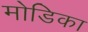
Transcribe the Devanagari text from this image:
मोडिका